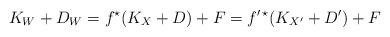
LaTeX: \begin{align*}K_W+D_W= f^\star (K_X+D)+ F= f^{\prime \, \star} (K_{X^\prime}+D^\prime)+ F\end{align*}